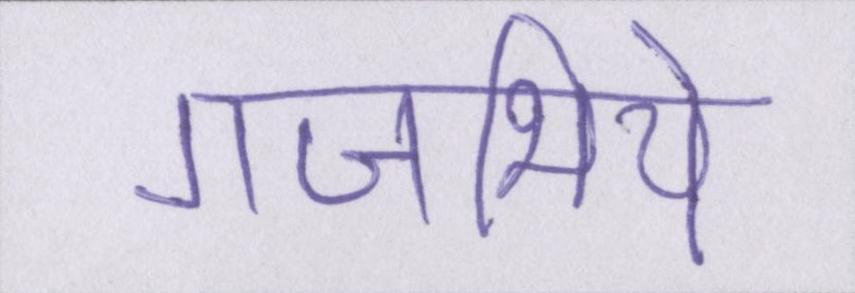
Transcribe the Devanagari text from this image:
गजभिये